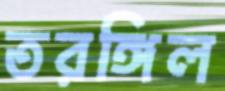
তরঙ্গিল